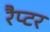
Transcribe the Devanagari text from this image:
रैप्‍टर